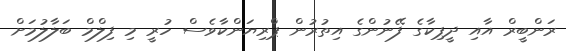
ރަންބީރް އާއި ދީޕިކާގެ ފޭނުންގެ އިތުރުން ޕްރިޔަންކާވެސް ހުރީ މި ފިލްމް ބަލާލުމަށް